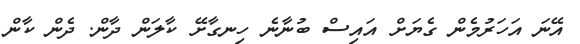
އޭނަ އަހަރުމެން ގެޔަށް އައިސް ބުނާނެ ހިނގާށޭ ކާލަން ދާން. ދެން ކާން